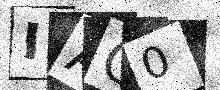
Text: IAQ0